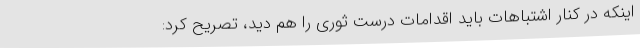
اینکه در کنار اشتباهات باید اقدامات درست ثوری را هم دید، تصریح کرد: